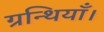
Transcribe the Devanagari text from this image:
ग्रन्थियाँ।